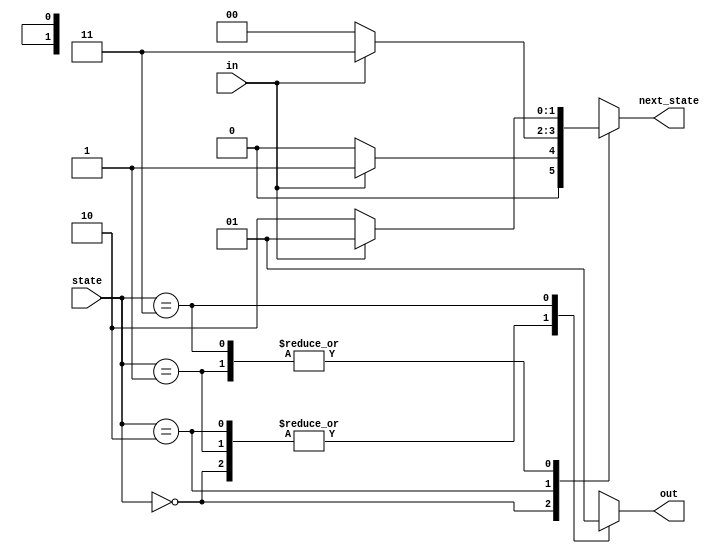
module top_module(
    input in,
    input [1:0] state,
    output [1:0] next_state,
    output out); //

    parameter A=0, B=1, C=2, D=3;

    // State transition logic: next_state = f(state, in)
    always @(*) begin
        case (state)
            A: begin
                if (in) begin
                    next_state = B;
                end else begin
                    next_state = A;
                end
            end
            B: begin
                if (in) begin
                    next_state = B;
                end else begin
                    next_state = C;
                end
            end
            C: begin
                if (in) begin
                    next_state = D;
                end else begin
                    next_state = A;
                end
            end
            D: begin
                if (in) begin
                    next_state = B;
                end else begin
                    next_state = C;
                end
            end
        endcase
    end

    // Output logic:  out = f(state) for a Moore state machine
    always @(*) begin
        case (state)
            A: out = 0;
            B: out = 0;
            C: out = 0;
            D: out = 1;
        endcase
    end

endmodule